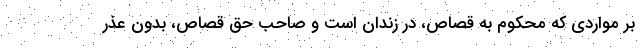
بر مواردی که محکوم به قصاص، در زندان است و صاحب حق قصاص، بدون عذر